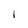
Character: I